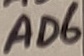
Text: AD6